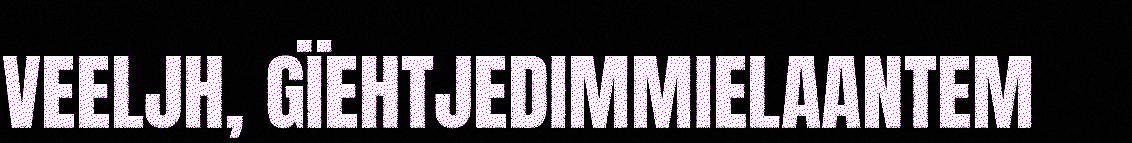
VEELJH, GÏEHTJEDIMMIELAANTEM